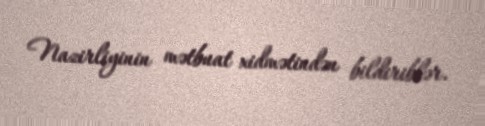
Nazirliyinin mətbuat xidmətindən bildiriblər.